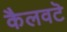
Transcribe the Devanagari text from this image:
कैलवटॆ